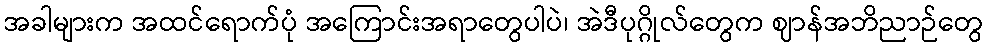
အခါများက အထင်ရောက်ပုံ အကြောင်းအရာတွေပါပဲ၊ အဲဒီပုဂ္ဂိုလ်တွေက ဈာန်အဘိညာဉ်တွေ